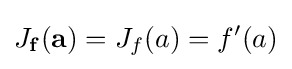
J_{\mathbf {f} }(\mathbf {a} )=J_{f}(a)=f'(a)